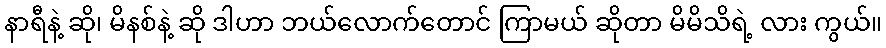
နာရီနဲ့ ဆို၊ မိနစ်နဲ့ ဆို ဒါဟာ ဘယ်လောက်တောင် ကြာမယ် ဆိုတာ မိမိသိရဲ့ လား ကွယ်။